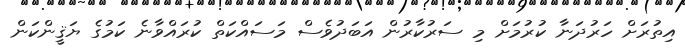
އިތުރަށް ހަރުދަނާ ކުރުމަށް މި ސަރުކާރުން އަބަދުވެސް މަސައްކަތް ކުރައްވާނެ ކަމުގެ ޔަޤީންކަން